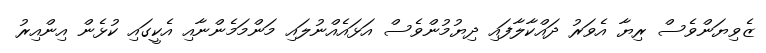
ޒެވިޔަންވެސް ރިޔާ އެވަރު ދައްކާލާފައި ދިޔުމުންވެސް އަޅައެއްނުލައި މަންމަމެންނާއި އެކީގައި ކުޅެން އިންއިރު